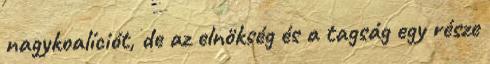
nagykoalíciót, de az elnökség és a tagság egy része